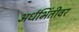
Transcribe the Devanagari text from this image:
अर्धभिंतीवर